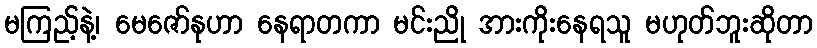
မကြည့်နဲ့၊ မေဇော်နုဟာ နေရာတကာ မင်းညို အားကိုးနေရသူ မဟုတ်ဘူးဆိုတာ